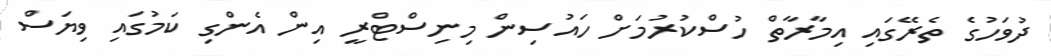
ދުވަހުގެ ތެރޭގައި އިމާރާތް ހުސްކުރުމަށް ހައުސިން މިނިސްޓްރީ އިން އެންގި ކަމުގައި ވިޔަސް